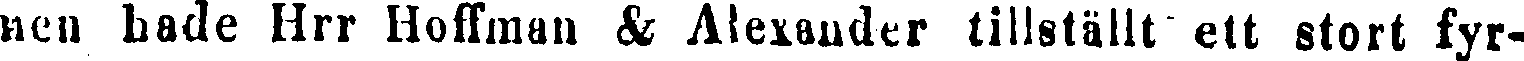
nen hade Hrr Hoffman & Alexander tillställt ett stort fyr-